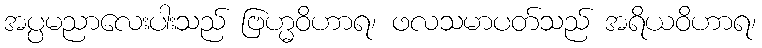
အပ္ပမညာလေးပါးသည် ဗြဟ္မဝိဟာရ၊ ဖလသမာပတ်သည် အရိယဝိဟာရ၊